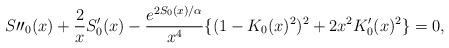
\begin{align*}S\prime \prime _{0}(x)+\frac{2}{x}S^{\prime }_{0}(x)-\frac{e^{2S_{0}(x)/\alpha }}{x^{4}}\{(1-K_{0}(x)^{2})^{2}+2x^{2}K^{\prime }_{0}(x)^{2}\}=0,\end{align*}